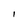
Character: I